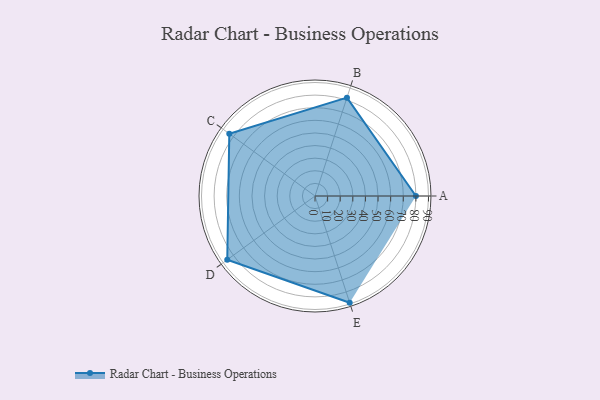
{"axis": {"x": "Skill", "y": "Score"}, "legend": ["Profile"], "data": [{"x": "A", "y": 80.0, "type": "Profile"}, {"x": "B", "y": 82.0, "type": "Profile"}, {"x": "C", "y": 84.0, "type": "Profile"}, {"x": "D", "y": 86.0, "type": "Profile"}, {"x": "E", "y": 89.0, "type": "Profile"}]}